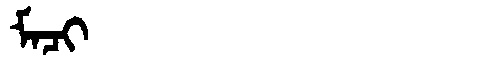
Manchu: ᠮᠠᠴᡳ
Romanization: MACI